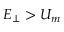
E _ { \perp } > U _ { m }